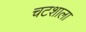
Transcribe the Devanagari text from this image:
चटशाला